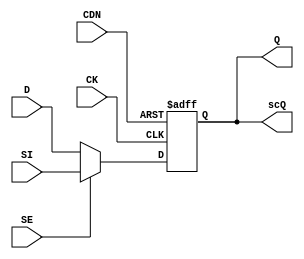
// SPDX-License-Identifier: Apache-2.0
// Copyright (C) 2019 Intel Corporation. 
// Library - aibcr3_lib, View - schematic
// `timescale 1ns / 1ns 

module aibcr3_svt16_scdffcdn_cust ( Q, scQ, 
     CDN, CK, D, SE, SI );

output  Q, scQ;

input  CDN, CK, D, SE, SI;

wire Q, net023, se_n, SI, D;
reg  scQ;

assign se_n = !SE;
assign Q = scQ;
assign net023 = se_n ? D : SI;

always@(posedge CK or negedge CDN) begin
        if (!CDN) begin
                scQ <= 1'b0;
        end
        else begin
                scQ <= net023;
        end
end

endmodule